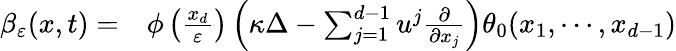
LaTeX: \begin{array}{rl}{\beta_{\varepsilon}(x,t)=}&{{}\phi\left(\frac{x_{d}}{\varepsilon}\right)\left(\kappa\Delta-\sum_{j=1}^{d-1}u^{j}\frac{\partial}{\partial x_{j}}\right)\theta_{0}(x_{1},\cdots,x_{d-1})}\end{array}